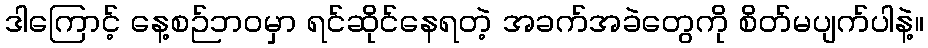
ဒါကြောင့် နေ့စဉ်ဘဝမှာ ရင်ဆိုင်နေရတဲ့ အခက်အခဲတွေကို စိတ်မပျက်ပါနဲ့။